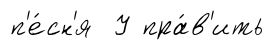
п'е́сн'я У пра́в'ить